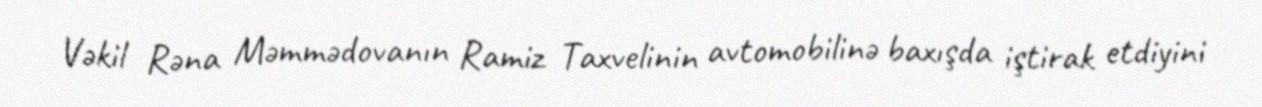
Vəkil Rəna Məmmədovanın Ramiz Taxvelinin avtomobilinə baxışda iştirak etdiyini